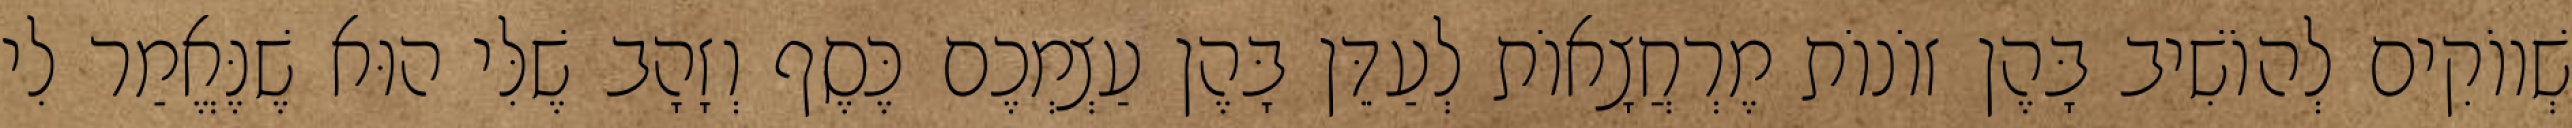
שְׁווֹקִים לְהוֹשִׁיב בָּהֶן זוֹנוֹת מֶרְחֲצָאוֹת לְעַדֵּן בָּהֶן עַצְמְכֶם כֶּסֶף וְזָהָב שֶׁלִּי הוּא שֶׁנֶּאֱמַר לִי